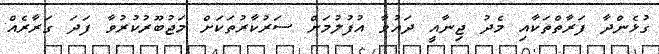
ގުޅެންދާ ފަރާތްތަކާއި މެދު ޖިނާއީ ދައުވާ އުފުލުމަށް ސަރުކާރުތަކަށް މަޖުބޫރުކުރުވާ ފަދަ ގަރާރެއް